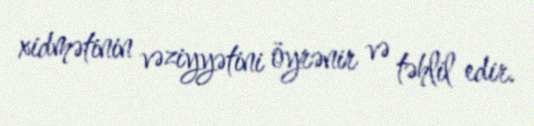
xidmətinin vəziyyətini öyrənir və təhlil edir.